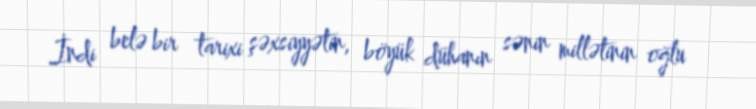
İndi belə bir tarixi şəxsiyyətin, böyük dühanın sənin millətinin oğlu